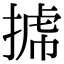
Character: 𢯯